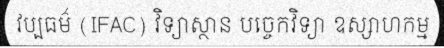
វប្បធម៌ (IFAC) វិទ្យាស្ថាន បច្ចេកវិទ្យា ឧស្សាហកម្ម